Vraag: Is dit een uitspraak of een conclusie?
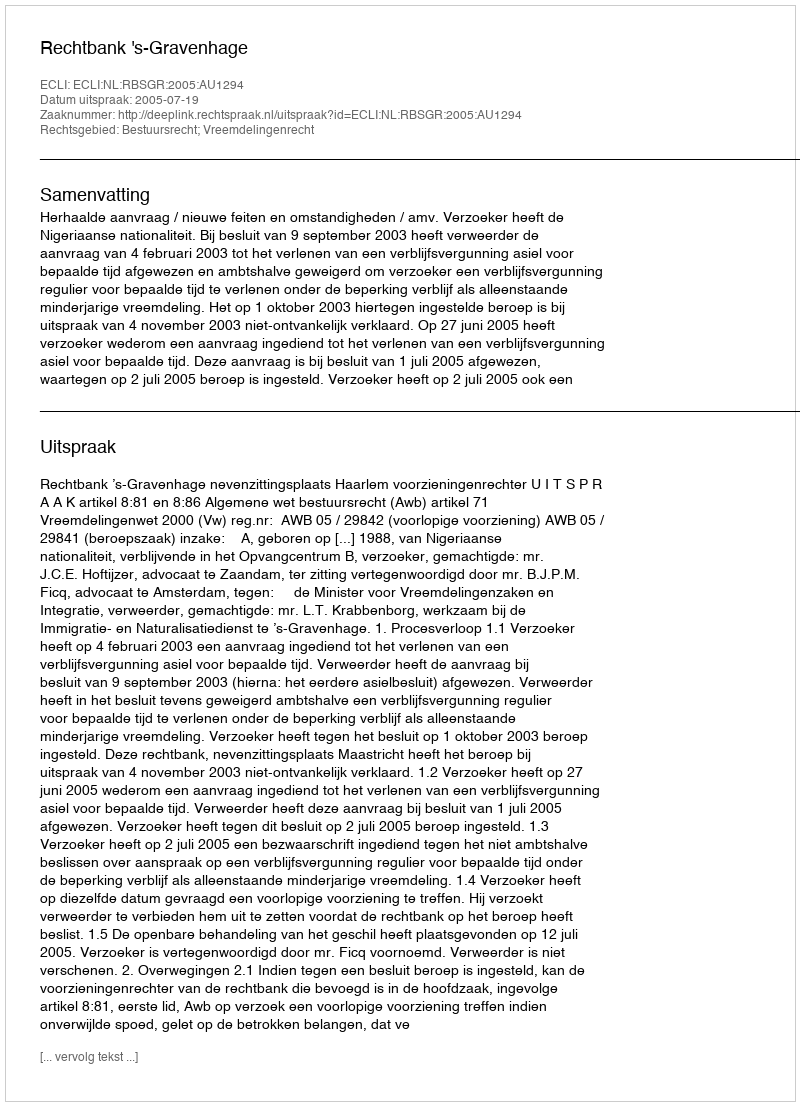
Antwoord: Uitspraak